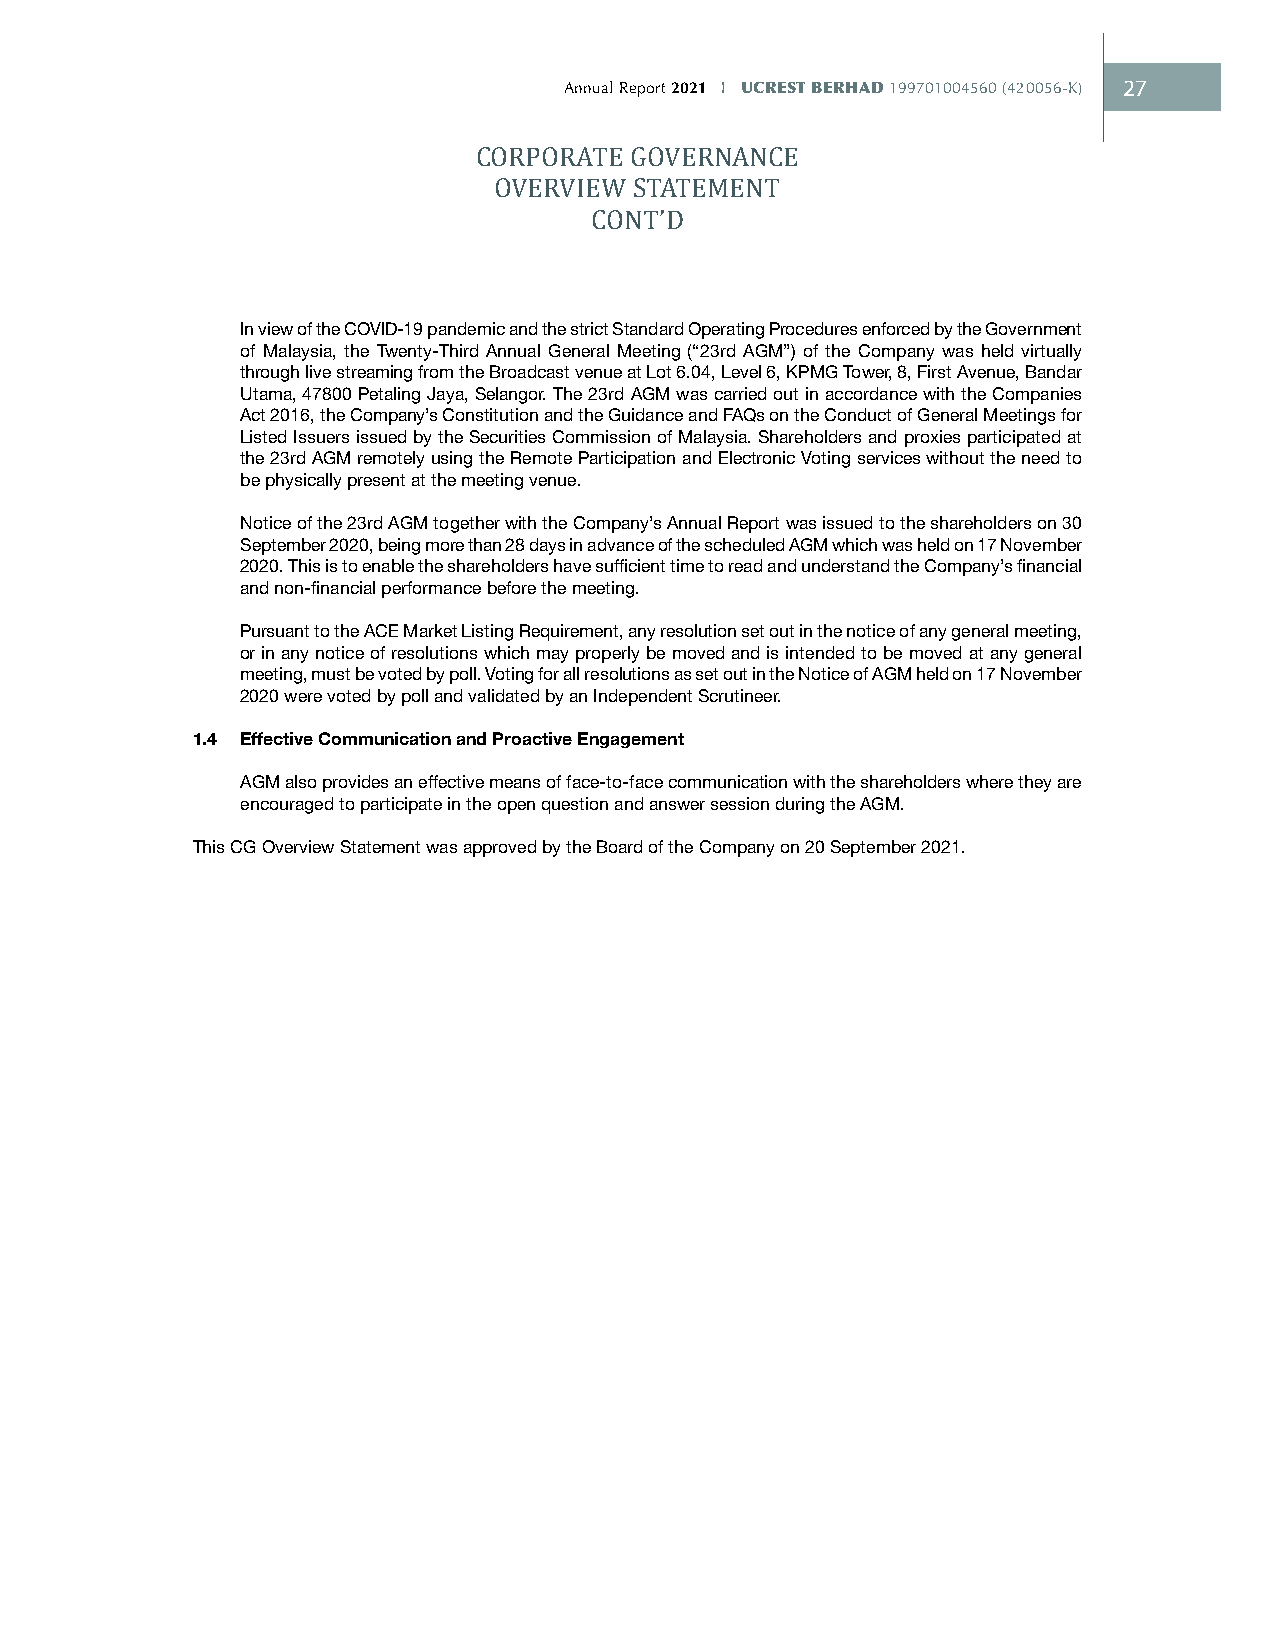
Annual Report 2021 I UCREST BERHAD 199701004560 (420056-K) 27
 CORPORATE GOVERNANCE
 OVERVIEW STATEMENT
 CONT’D
 In view of the COVID-19 pandemic and the strict Standard Operating Procedures enforced by the Government
 of Malaysia, the Twenty-Third Annual General Meeting (“23rd AGM”) of the Company was held virtually
 through live streaming from the Broadcast venue at Lot 6.04, Level 6, KPMG Tower, 8, First Avenue, Bandar
 Utama, 47800 Petaling Jaya, Selangor. The 23rd AGM was carried out in accordance with the Companies
 Act 2016, the Company’s Constitution and the Guidance and FAQs on the Conduct of General Meetings for
 Listed Issuers issued by the Securities Commission of Malaysia. Shareholders and proxies participated at
 the 23rd AGM remotely using the Remote Participation and Electronic Voting services without the need to
 be physically present at the meeting venue.
 Notice of the 23rd AGM together with the Company’s Annual Report was issued to the shareholders on 30
 September 2020, being more than 28 days in advance of the scheduled AGM which was held on 17 November
 2020. This is to enable the shareholders have sufficient time to read and understand the Company’s financial
 and non-financial performance before the meeting.
 Pursuant to the ACE Market Listing Requirement, any resolution set out in the notice of any general meeting,
 or in any notice of resolutions which may properly be moved and is intended to be moved at any general
 meeting, must be voted by poll. Voting for all resolutions as set out in the Notice of AGM held on 17 November
 2020 were voted by poll and validated by an Independent Scrutineer.
 1.4 Effective Communication and Proactive Engagement
 AGM also provides an effective means of face-to-face communication with the shareholders where they are
 encouraged to participate in the open question and answer session during the AGM.
 This CG Overview Statement was approved by the Board of the Company on 20 September 2021.